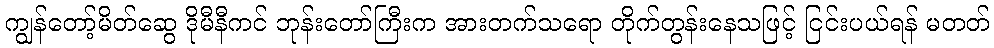
ကျွန်တော့်မိတ်ဆွေ ဒိုမီနီကင် ဘုန်းတော်ကြီးက အားတက်သရော တိုက်တွန်းနေသဖြင့် ငြင်းပယ်ရန် မတတ်